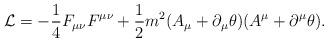
LaTeX: \begin{align*}{\cal L}=-\frac{1}{4} F_{\mu\nu} F^{\mu\nu}+\frac{1}{2}m^{2}(A_{\mu}+\partial_{\mu}\theta)(A^{\mu}+\partial^{\mu}\theta).\end{align*}